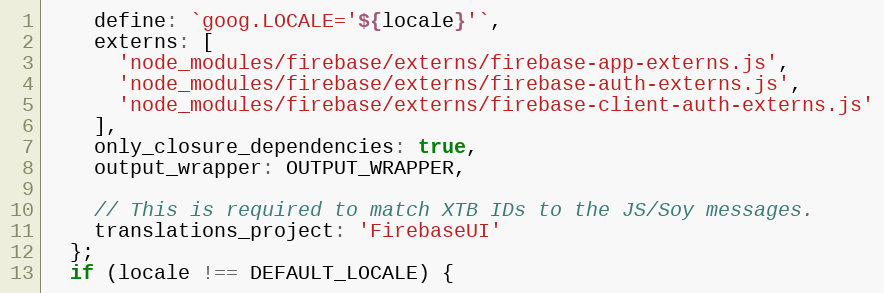
Language: JavaScript
    define: `goog.LOCALE='${locale}'`,
    externs: [
      'node_modules/firebase/externs/firebase-app-externs.js',
      'node_modules/firebase/externs/firebase-auth-externs.js',
      'node_modules/firebase/externs/firebase-client-auth-externs.js'
    ],
    only_closure_dependencies: true,
    output_wrapper: OUTPUT_WRAPPER,

    // This is required to match XTB IDs to the JS/Soy messages.
    translations_project: 'FirebaseUI'
  };
  if (locale !== DEFAULT_LOCALE) {